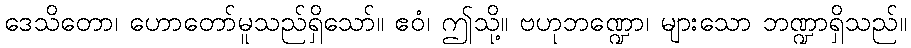
ဒေသိတော၊ ဟောတော်မူသည်ရှိသော်။ ဧဝံ၊ ဤသို့။ ဗဟုဘဏ္ဍော၊ များသော ဘဏ္ဍာရှိသည်။